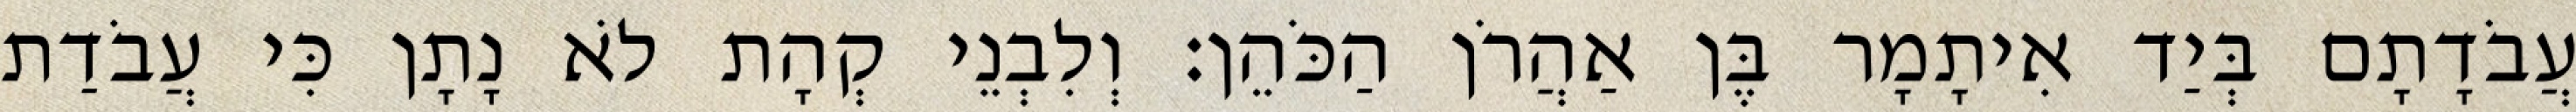
עֲבֹדָתָם בְּיַד אִיתָמָר בֶּן אַהֲרֹן הַכֹּהֵן׃ וְלִבְנֵי קְהָת לֹא נָתָן כִּי עֲבֹדַת